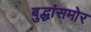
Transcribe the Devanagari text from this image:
बुद्धांसमोर